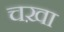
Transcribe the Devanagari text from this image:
चख़ा